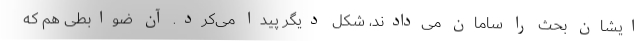
ایشان بحث را سامان می‌دادند، شکل دیگر پیدا می‌کرد. آن ضوابطی هم که